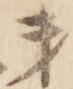
第